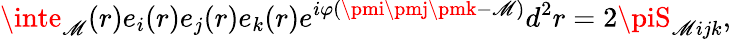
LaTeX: \inte_{\mathscr{M}}(r)e_{i}(r)e_{j}(r)e_{k}(r)e^{i\varphi(\pmi\pmj\pmk-\mathscr{M})}d^{2}r=2\piS_{\mathscr{M}ijk},